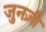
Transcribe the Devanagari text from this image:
जुनज़ी